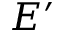
E ^ { \prime }